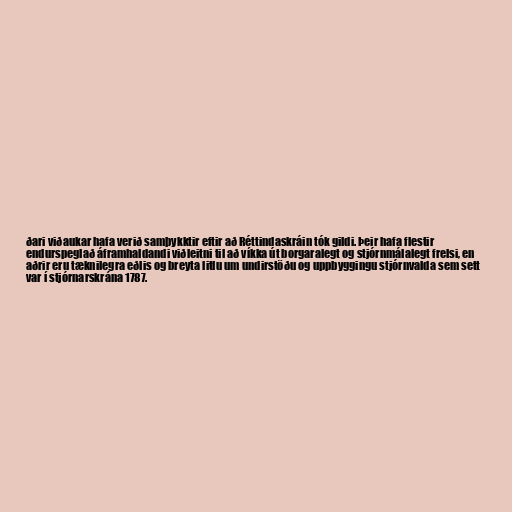
ðari viðaukar hafa verið samþykktir eftir að Réttindaskráin tók gildi. Þeir hafa flestir
endurspeglað áframhaldandi viðleitni til að víkka út borgaralegt og stjórnmálalegt frelsi, en
aðrir eru tæknilegra eðlis og breyta litlu um undirstöðu og uppbyggingu stjórnvalda sem sett
var í stjórnarskrána 1787.